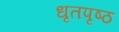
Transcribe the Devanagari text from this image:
धृतपृष्ठ